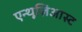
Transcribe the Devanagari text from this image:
एन्थूज़िआस्ट